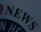
NEWS